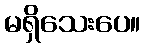
မရှိသေးပေ။